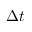
\Delta t